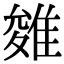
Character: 𨿓